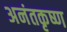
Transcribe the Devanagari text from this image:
अनंतकृष्ण